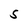
Character: S